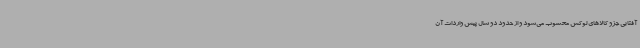
آفتابی جزو کالاهای لوکس محسوب می‌شود و از حدود دو سال پیش واردات آن